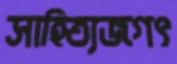
সাহিত্যজগৎ